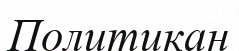
Политикан